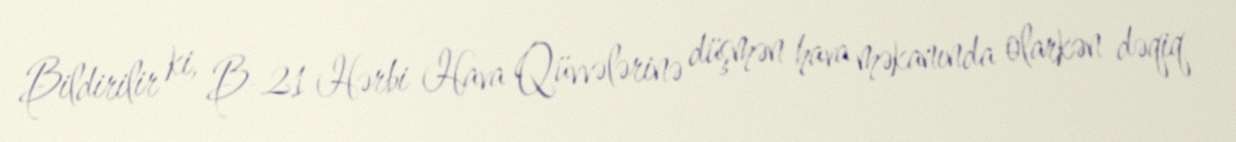
Bildirilir ki, B-21 Hərbi Hava Qüvvələrinə düşmən hava məkanında olarkən dəqiq